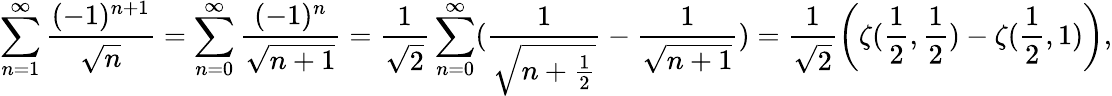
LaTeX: \sum_{n=1}^{\infty}\frac{(-1)^{n+1}}{\sqrt{n}}=\sum_{n=0}^{\infty}\frac{(-1)^{n}}{\sqrt{n+1}}=\frac{1}{\sqrt{2}}\sum_{n=0}^{\infty}(\frac{1}{\sqrt{n+\frac{1}{2}}}-\frac{1}{\sqrt{n+1}})=\frac{1}{\sqrt{2}}\left(\zeta(\frac{1}{2},\frac{1}{2})-\zeta(\frac{1}{2},1)\right),